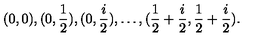
( 0 , 0 ) , ( 0 , \frac { 1 } { 2 } ) , ( 0 , \frac { i } { 2 } ) , \ldots , ( \frac { 1 } { 2 } + \frac { i } { 2 } , \frac { 1 } { 2 } + \frac { i } { 2 } ) .